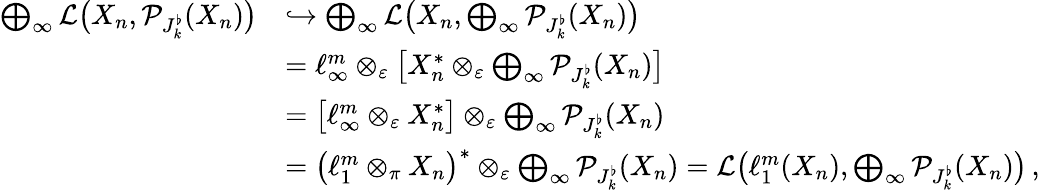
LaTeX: \begin{array}{rl}{\bigoplus_{\infty}\mathcal{L}\big(X_{n},\mathcal{P}_{J_{k}^{\flat}}(X_{n})\big)}&{\hookrightarrow\bigoplus_{\infty}\mathcal{L}\big(X_{n},\bigoplus_{\infty}\mathcal{P}_{J_{k}^{\flat}}(X_{n})\big)}\\ &{=\ell_{\infty}^{m}\otimes_{\varepsilon}\big[X_{n}^{\ast}\otimes_{\varepsilon}\bigoplus_{\infty}\mathcal{P}_{J_{k}^{\flat}}(X_{n})\big]}\\ &{=\big[\ell_{\infty}^{m}\otimes_{\varepsilon}X_{n}^{\ast}\big]\otimes_{\varepsilon}\bigoplus_{\infty}\mathcal{P}_{J_{k}^{\flat}}(X_{n})}\\ &{=\big(\ell_{1}^{m}\otimes_{\pi}X_{n}\big)^{\ast}\otimes_{\varepsilon}\bigoplus_{\infty}\mathcal{P}_{J_{k}^{\flat}}(X_{n})=\mathcal{L}\big(\ell_{1}^{m}(X_{n}),\bigoplus_{\infty}\mathcal{P}_{J_{k}^{\flat}}(X_{n})\big)\, ,}\end{array}